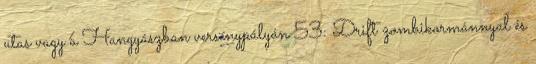
utas vagy a Hangyászban versenypályán 53: Drift zombikormánnyal és